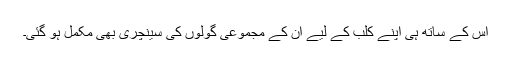
اس کے ساتھ ہی اپنے کلب کے لیے ان کے مجموعی گولوں کی سینچری بھی مکمل ہو گئی۔